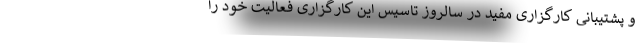
و پشتیبانی کارگزاری مفید در سالروز تاسیس این کارگزاری فعالیت خود را